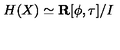
H ( X ) \simeq { \bf R } [ \phi , \tau ] / I